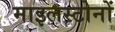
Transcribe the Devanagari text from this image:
माइलस्टोनों